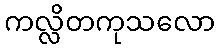
ကလ္လိတကုသလော